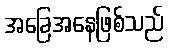
အခြေအနေဖြစ်သည်